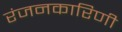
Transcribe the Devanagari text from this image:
रंजनकारिणी